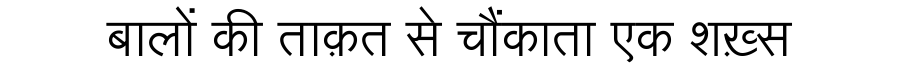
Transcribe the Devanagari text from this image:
बालों की ताक़त से चौंकाता एक शख़्स